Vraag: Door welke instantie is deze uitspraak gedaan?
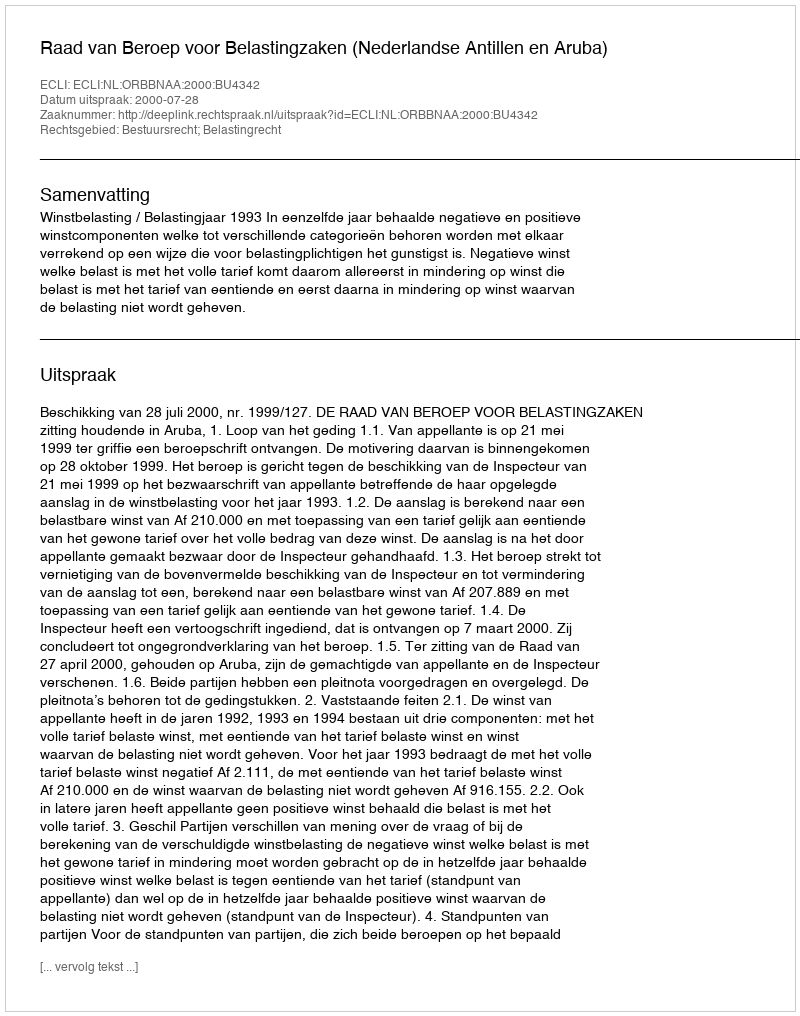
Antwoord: Raad van Beroep voor Belastingzaken (Nederlandse Antillen en Aruba)